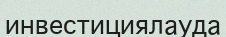
инвестициялауда